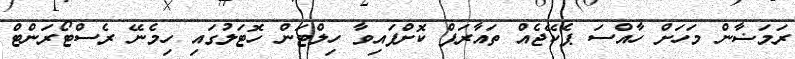
ރަމަޟާން މަހަށް ހާއްސަ ޕެކޭޖެއް ތައާރަފް ކޮށްފައިވާ ހިލްޓަން ހޮޓަލުގައި ހިމެނޭ ރެސްޓޯރަންޓް